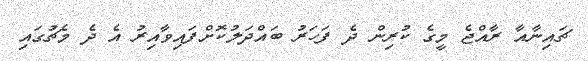
ޗައިނާއާ ރާއްޖެ މީގެ ކުރިން ދެ ފަހަރު ބައްދަލުކޮށްފައިވާއިރު އެ ދެ މެޗުގައި